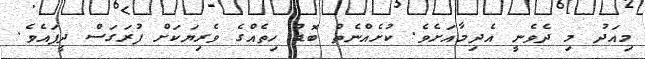
މިއަދު މި ދެވެނީ އެދިމާއަށެވެ. ކުށެއްނެތް ބޮޑު ހިތެއްގެ ވެރިޔަކަށް ފުރަގަސް ދީފައެވެ.